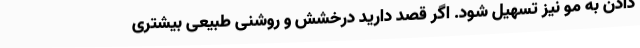
دادن به مو نیز تسهیل شود. اگر قصد دارید درخشش و روشنی طبیعی بیشتری